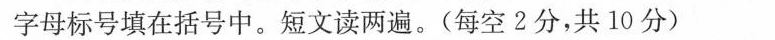
字母标号填在括号中。短文读两遍。(每空2分，共10分)